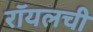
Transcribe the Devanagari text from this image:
रॉयलची